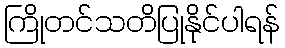
ကြိုတင်သတိပြုနိုင်ပါရန်